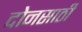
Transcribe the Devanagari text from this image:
दोनसाठी